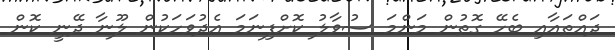
ދައްތައާއި ބެހޭ ގޮތުން މަންމަ ސުވާލު ކޮށްފިނަމަ އެދުވަހަކުން ލޫނާ ދޭނީ ކޮން